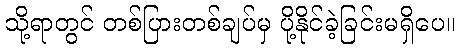
သို့ရာတွင် တစ်ပြားတစ်ချပ်မှ ပို့နိုင်ခဲ့ခြင်းမရှိပေ။